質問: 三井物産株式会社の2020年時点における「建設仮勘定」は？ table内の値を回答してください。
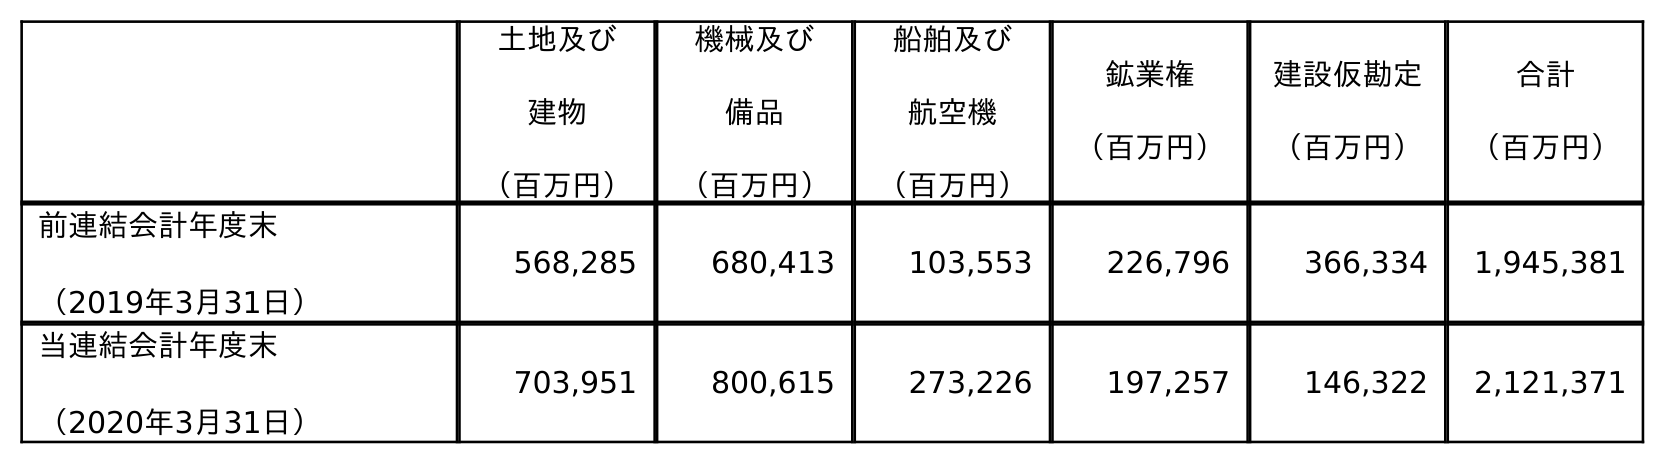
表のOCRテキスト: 土地及び 建物 （百万円） 機械及び 備品 （百万円） 船舶及び 航空機 （百万円） 鉱業権 （百万円） 建設仮勘定 （百万円） 合計 （百万円） 前連結会計年度末 （2019年3月31日） 568,285 680,413 103,553 226,796 366,334 1,945,381 当連結会計年度末 （2020年3月31日） 703,951 800,615 273,226 197,257 146,322 2,121,371
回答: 146,322